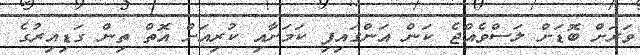
ވަރަށް ބޮޑަށް ލަސްވެއްޖެ ކަން އަންގައިފި ކަމަށާއި ކުރިއަށް އޮތް ތިން ގަޑިއިރުގެ